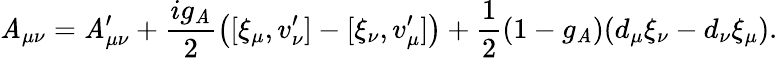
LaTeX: \mathit{A}_{\mu\nu}={\cal\mathit{A}}_{\mu\nu}^{\prime}+\frac{{ig_{\mathit{A}}}}{{2}}\left([\xi_{\mu},v_{\nu}^{\prime}]-[\xi_{\nu},v_{\mu}^{\prime}]\right)+\frac{{1}}{{2}}(1-g_{\mathit{A}})(d_{\mu}\xi_{\nu}-d_{\nu}\xi_{\mu}).